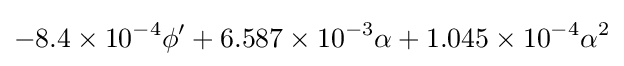
-8.4\times 10^{-4}\phi '+6.587\times 10^{-3}\alpha +1.045\times 10^{-4}\alpha ^{2}